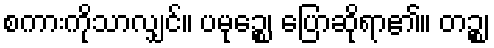
စကားကိုသာလျှင်။ ပမုဉ္စေ၊ ပြောဆိုရာ၏။ တဉ္စ၊